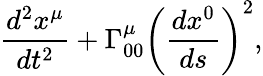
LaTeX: \frac{d^{2}x^{\mu}}{dt^{2}}+\Gamma_{00}^{\mu}\left(\frac{dx^{0}}{ds}\right)^{2},